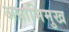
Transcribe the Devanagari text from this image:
अग्राभिमुख